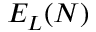
E _ { L } ( N )